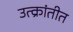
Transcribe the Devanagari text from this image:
उत्क्रांतीत